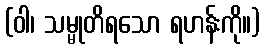
(ဝါ၊ သမ္မုတိရသော ရဟန်းကို။)